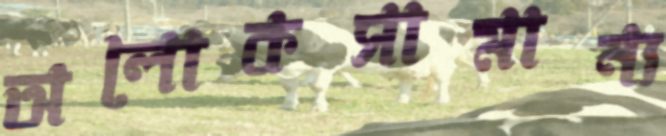
অলোকসামান্য